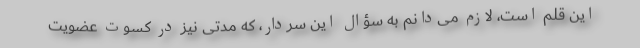
این قلم است، لازم می‌دانم به سؤال این سردار، که مدتی نیز در کسوت عضویت